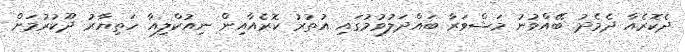
ދެކޮރެއާ ދެމެދު ބޭއްވުނު މަޝްވަރާ ބައްދަލުވުމުގައި އުތުރު ކޮރެއާއިން ނިއުކްލިއާ ހަތިޔާރު ދޫކުރުމަށް